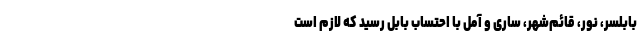
بابلسر، نور، قائم‌شهر، ساری و آمل با احتساب بابل رسید که لازم است